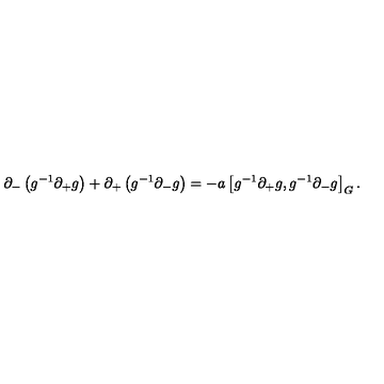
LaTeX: \partial _ { - } \left( g ^ { - 1 } \partial _ { + } g \right) + \partial _ { + } \left( g ^ { - 1 } \partial _ { - } g \right) = - a \left[ g ^ { - 1 } \partial _ { + } g , g ^ { - 1 } \partial _ { - } g \right] _ { G } .